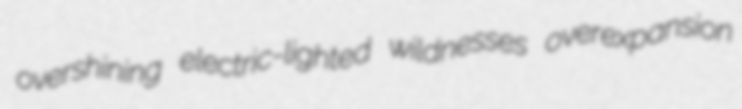
overshining electric-lighted wildnesses overexpansion